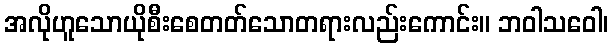
အလိုဟူသောယိုစီးစေတတ်သောတရားလည်းကောင်း။ ဘဝါသဝေါ၊